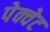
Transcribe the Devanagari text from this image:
पेक्वेट